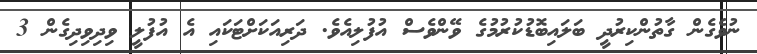
ނުވެގެން ގާތުންކިރުދީ ބަލައިބޮޑުކުރުމުގެ ވޭންވެސް އުފުލިއެވެ. ދަރިއަކަށްޓަކައި އެ އުފުލީ ވިދިވިދިގެން 3